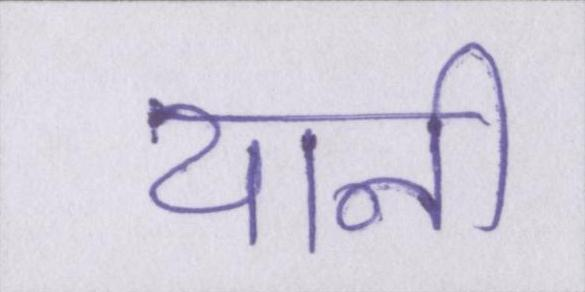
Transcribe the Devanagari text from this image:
यानी